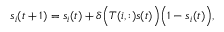
s _ { i } ( t + 1 ) = s _ { i } ( t ) + \delta \Big ( T ( i , : ) s ( t ) \Big ) \Big ( 1 - s _ { i } ( t ) \Big ) ,